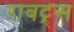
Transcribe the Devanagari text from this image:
राबट्र्स